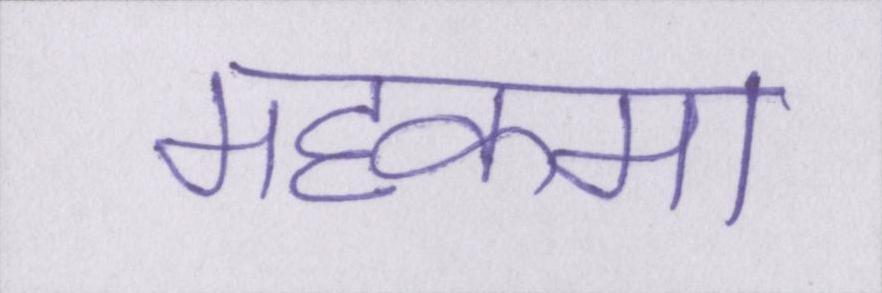
महकमा